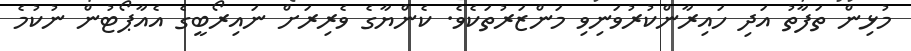
މުޅިން ތަފާތު އަދި ހައިރާންކުރުވަނިވި މަންޒަރުތަކެވެ. ކެންޔާގެ ވެރިރަށް ނައިރޯބީގެ އެއާޕޯޓުން ނުކުމެ